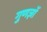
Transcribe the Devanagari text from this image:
गुणज्ञों